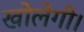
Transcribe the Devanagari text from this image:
खोलेगी।